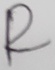
Text: R